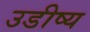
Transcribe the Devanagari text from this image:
उडीष्य